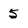
Character: 5